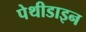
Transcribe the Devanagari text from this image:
पेथीडाइन